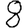
Digit: 8